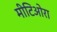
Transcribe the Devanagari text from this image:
मीटिओरा